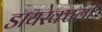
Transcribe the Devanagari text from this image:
डायरेक्टली